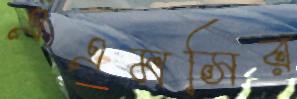
এএমসির